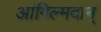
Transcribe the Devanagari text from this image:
आंगिल्मदान्